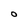
Character: O